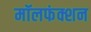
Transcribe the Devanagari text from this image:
मॉलफंक्शन